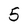
Character: 5